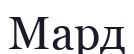
Мард